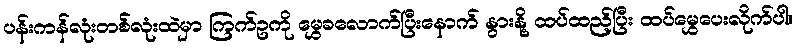
ပန်းကန်လုံးတစ်လုံးထဲမှာ ကြက်ဥကို မွှေခလောက်ပြီးနောက် နွားနို့ ထပ်ထည့်ပြီး ထပ်မွှေပေးလိုက်ပါ။